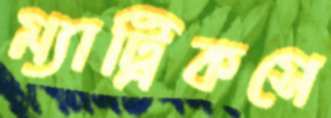
ম্যাট্রিকসে